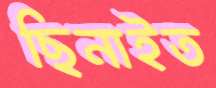
ছিনাইত